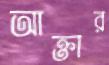
আক্তার